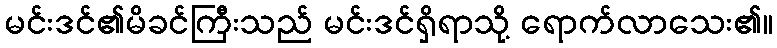
မင်းဒင်၏မိခင်ကြီးသည် မင်းဒင်ရှိရာသို့ ရောက်လာသေး၏။